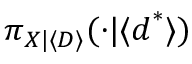
\pi _ { \boldsymbol { X } | \langle \boldsymbol { D } \rangle } ( \cdot | \langle \boldsymbol { d } ^ { * } \rangle )